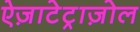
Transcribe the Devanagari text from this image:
ऐज़ाटेट्राज़ोल